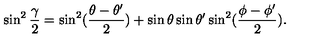
\sin ^ { 2 } { \frac { \gamma } { 2 } } = \sin ^ { 2 } ( { \frac { \theta - \theta ^ { \prime } } { 2 } } ) + \sin \theta \sin \theta ^ { \prime } \sin ^ { 2 } ( { \frac { \phi - \phi ^ { \prime } } { 2 } } ) .